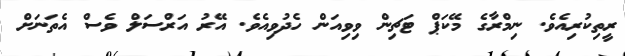
ރީތިކުރިއެވެ. ނިމްރާގެ މޭކަޕް ޓަޗިން ވިވިއަން ހެދުވިއެވެ. އޭރު އަރްސަލް ވެސް އެތަނަށް